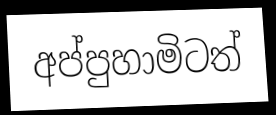
අප්පුහාමිටත්